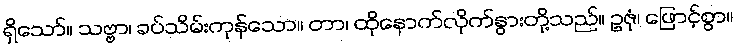
ရှိသော်။ သဗ္ဗာ၊ ခပ်သိမ်းကုန်သော။ တာ၊ ထိုနောက်လိုက်နွားတို့သည်။ ဥဇုံ၊ ဖြောင့်စွာ။